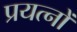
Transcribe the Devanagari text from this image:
प्रयत्‍नों